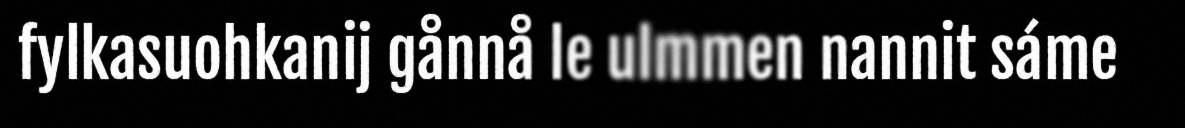
fylkasuohkanij gånnå le ulmmen nannit sáme